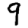
Digit: 9